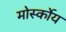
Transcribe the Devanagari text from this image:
मोर्स्कोय